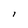
Character: i